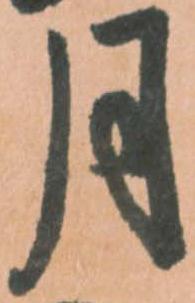
月